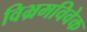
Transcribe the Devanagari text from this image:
विभ्रमविवेक